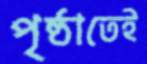
পৃষ্ঠাতেই